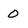
Character: 0